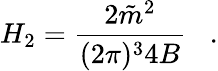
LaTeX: H_{2}=\frac{2\tilde{m}^{2}}{(2\pi)^{3}4B}\; \; \; .